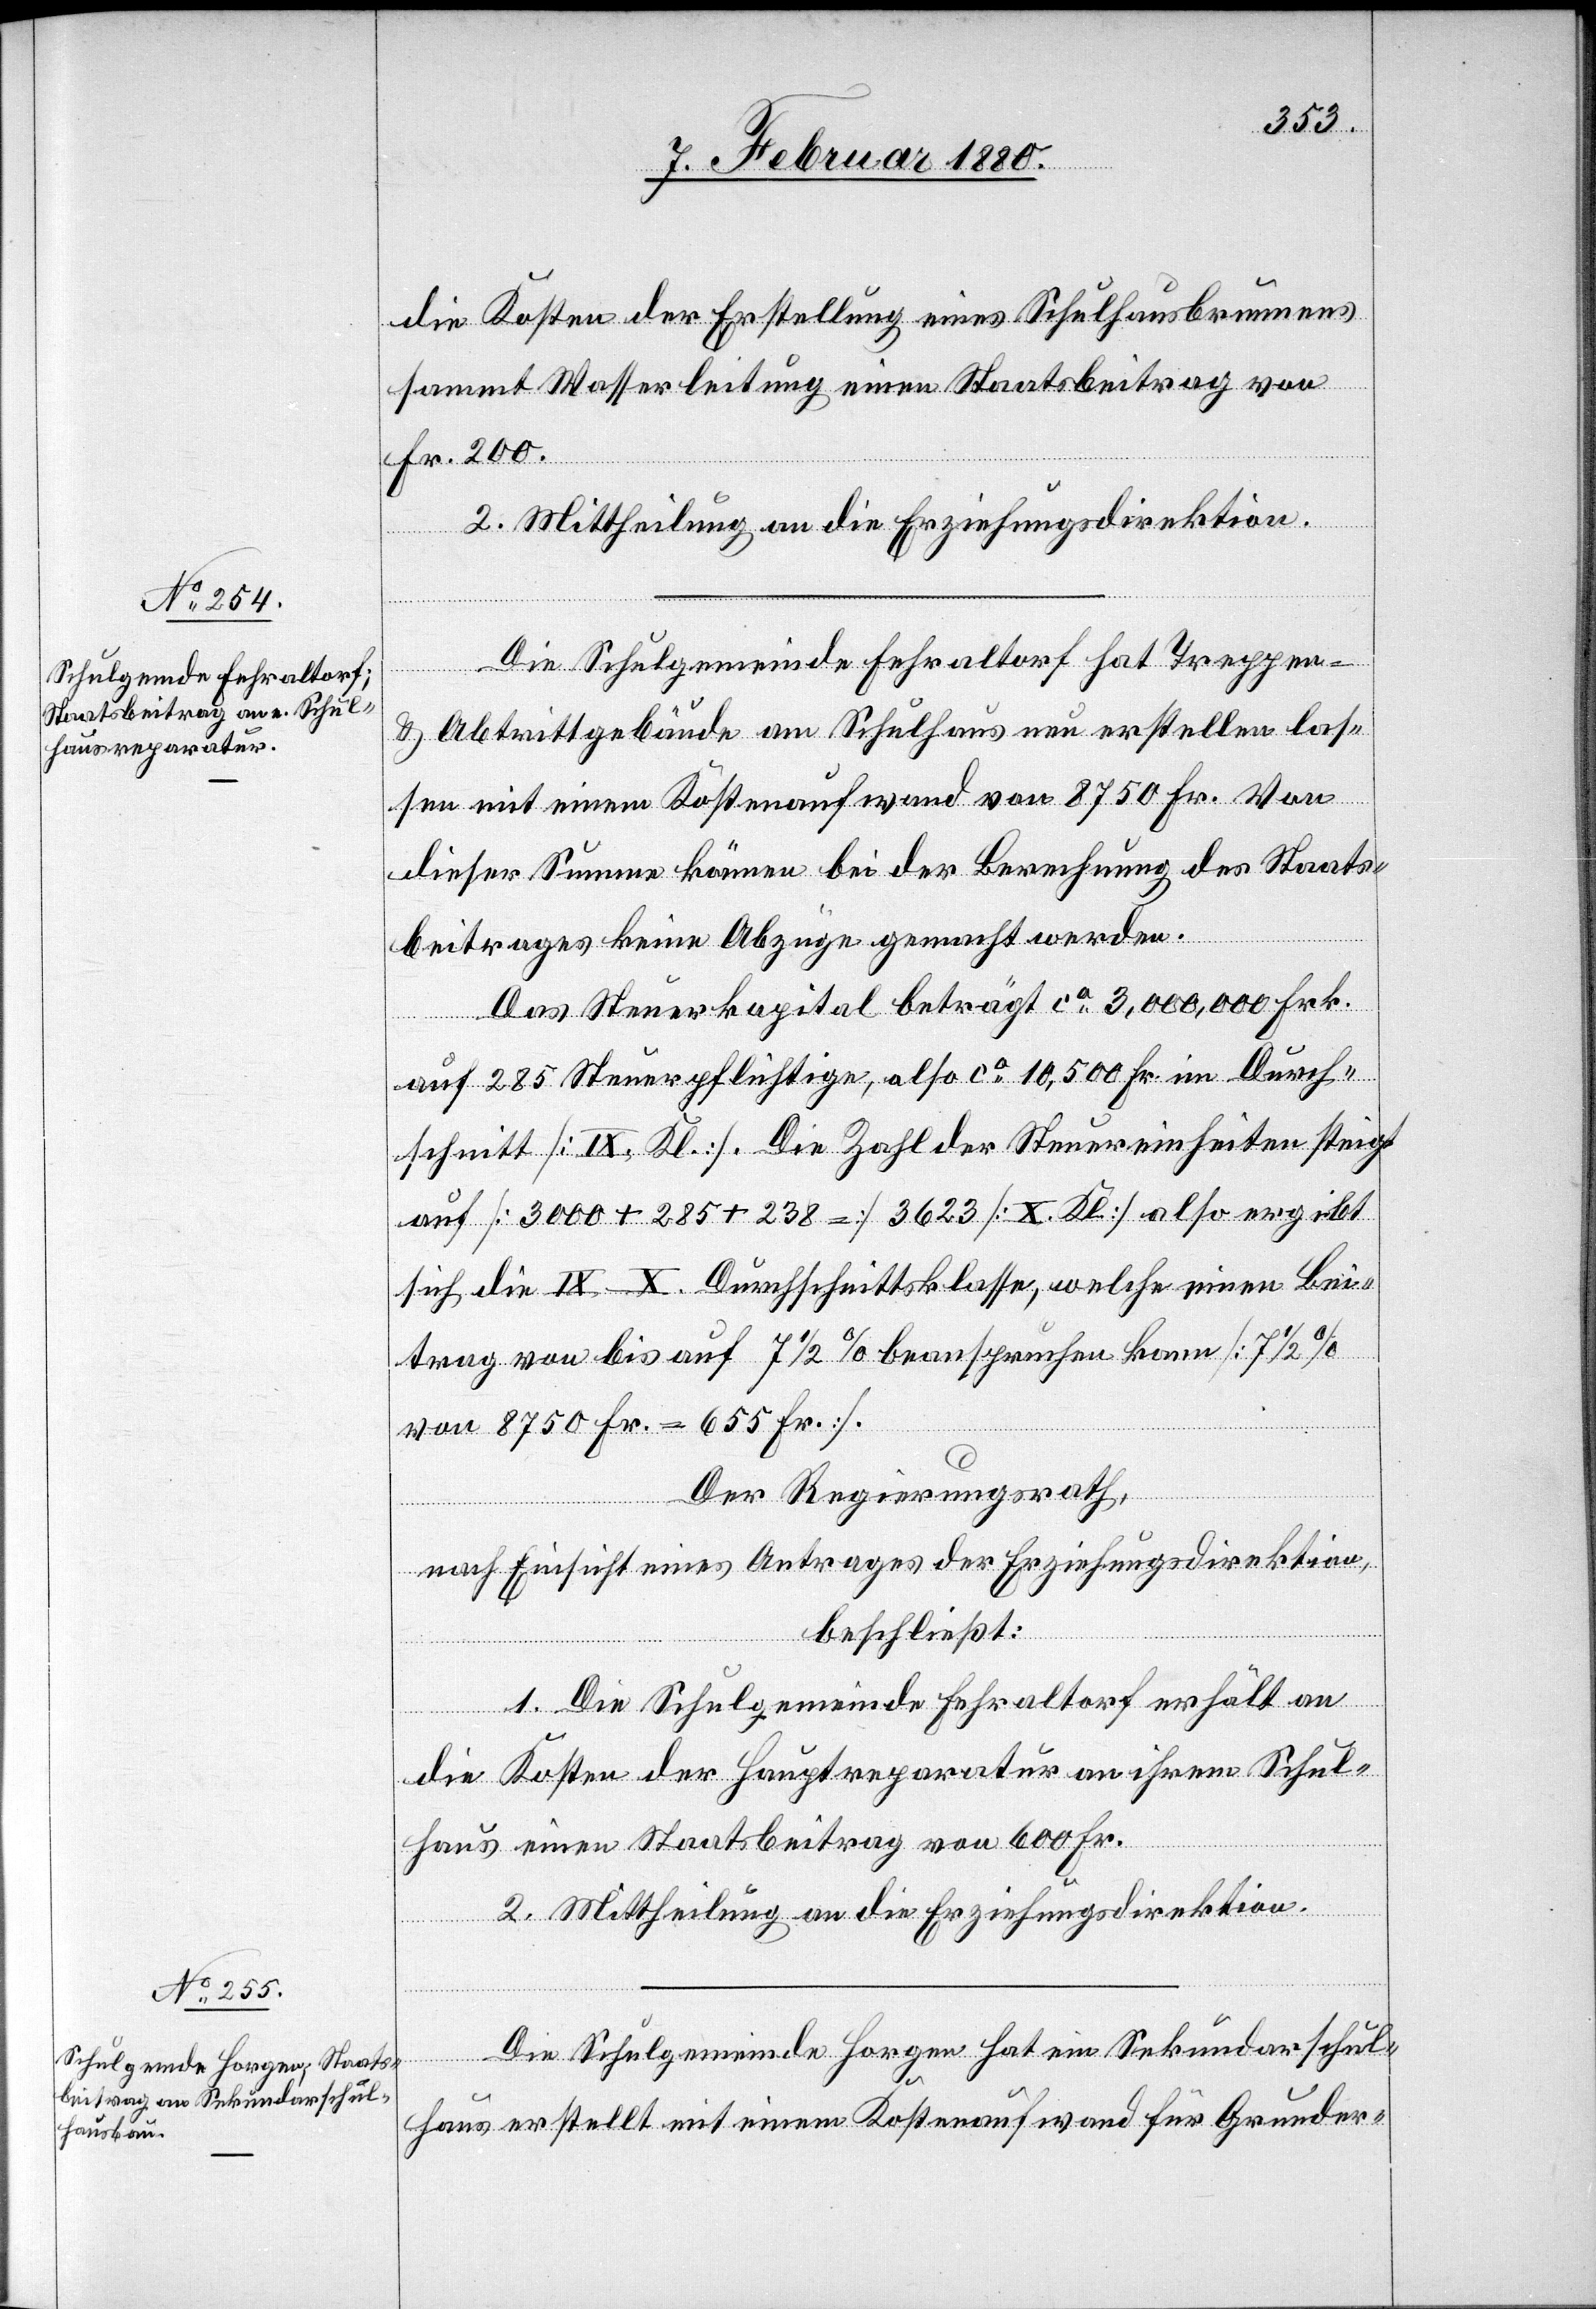
die Kosten der Erstellung eines Schulhausbrunnens
sammt Wasserleitung einen Staatsbeitrag von
Fr. 200.
2. Mittheilung an die Erziehungsdirektion.
Die Schulgemeinde Fehraltorf hat Treppen-
& Abtrittgebäude am Schulhaus neu erstellen las¬
sen mit einem Kostenaufwand von 8750 Fr. Von
dieser Summe können bei der Berechnung des Staats¬
beitrages keine Abzüge gemacht werden.
Das Steuerkapital beträgt ca 3 000 000 Frk.
auf 285 Steuerpflichtige, also ca 10 500 Fr. im Durch¬
schnitt [IX. Kl.] Die Zahl der Steuereinheiten steigt
auf [3000 + 285 + 238] = 3623 [X. Kl.] also ergibt
sich die IX X Durchschnittsklasse, welche einen Bei¬
trag von bis auf 7 1/2% beanspruchen kann [7 1/2%
von 8750 Fr. = 655 Fr.].
Der Regierungsrath,
nach Einsicht eines Antrages der Erziehungsdirektion,
beschließt:
1. Die Schulgemeinde Fehraltorf erhält an
die Kosten der Hauptreparatur an ihrem Schul¬
haus einen Staatsbeitrag von 600 Fr.
2. Mittheilung an die Erziehungsdirektion.
Die Schulgemeinde Horgen hat ein Sekundarschul¬
haus erstellt mit einem Kostenaufwand für Grunder-